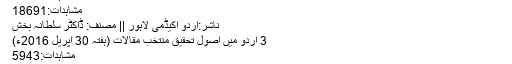
مشاہدات:9907
مشاہدات:18691
ناشر:اردو اکیڈمی لاہور || مصنف: ڈاکٹر سلطانہ بخش
3 اردو میں اصول تحقیق منتخب مقالات (ہفتہ 30 اپریل 2016ء)
مشاہدات:5943
تحقیق عربی زبان کا لفظ ہے جس کے معنی ہیں کسی چیز کی اصلیت وحقیقت معلوم کرنے کے لئے چھان بین اور تفتیش کرنا۔